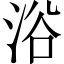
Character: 浴